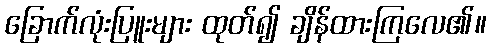
ခြောက်လုံးပြူးများ ထုတ်၍ ချိန်ထားကြလေ၏။